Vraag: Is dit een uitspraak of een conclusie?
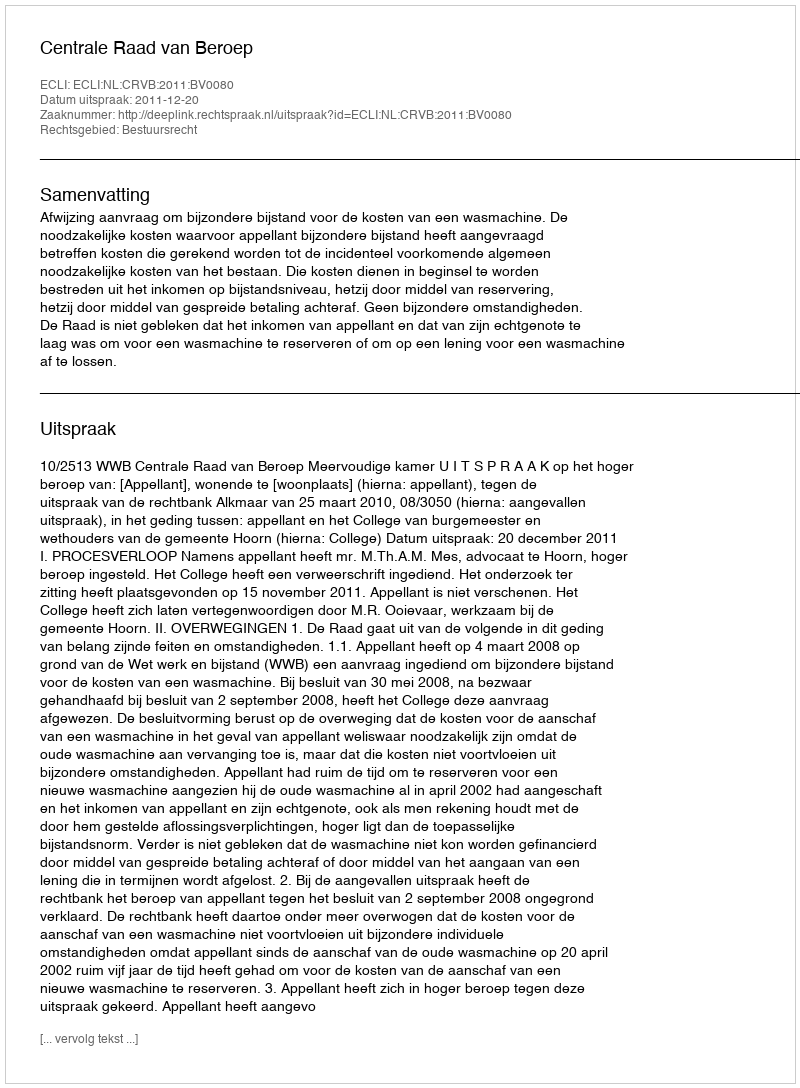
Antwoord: Uitspraak